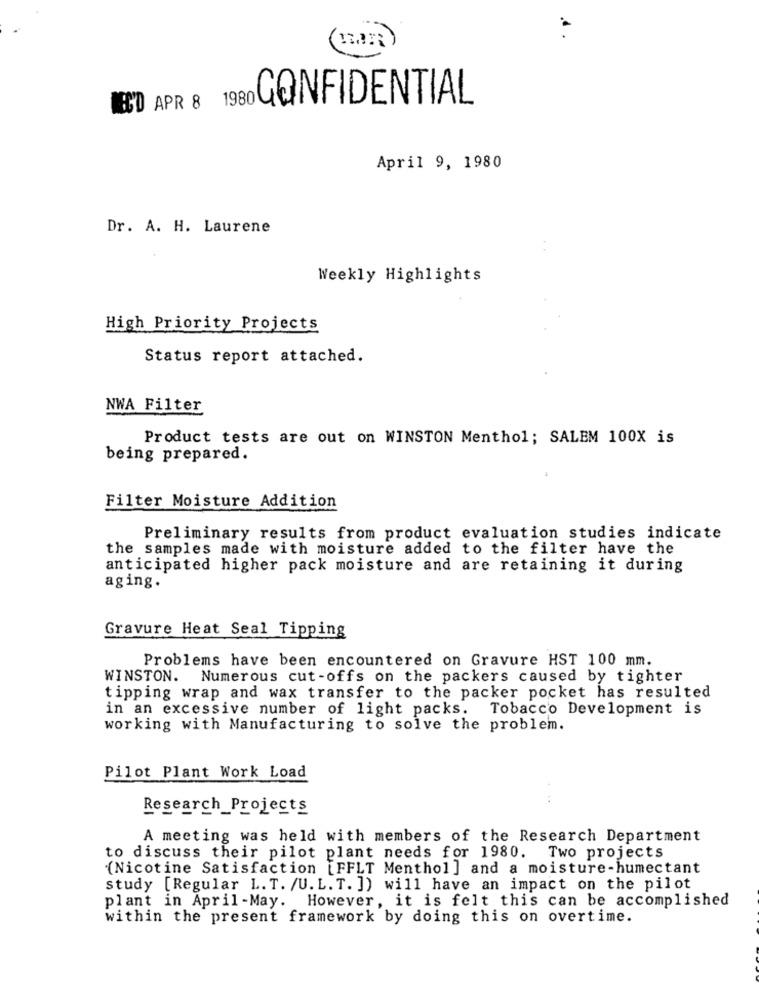
CONFIDENTIAL
WE'D APR 8 19
April 9, 1980
Dr. A. H. Laurene
Weekly Highlights
High Priority Projects
Status report attached.
NWA Filter
Product tests are out on WINSTON Menthol; SALEM 100X is
being prepared.
Filter Moisture Addition
Preliminary results from product evaluation studies indicate
the samples made with moisture added to the filter have the
anticipated higher pack moisture and are retaining it during
aging.
Gravure Heat Seal Tipping
Problems have been encountered on Gravure HST 100 mm.
WINSTON.
Numerous cut -offs on the packers caused by tighter
tipping wrap and wax transfer to the packer pocket has resulted
in an excessive number of light packs. Tobacco Development is
working with Manufacturing to solve the problem.
Pilot Plant Work Load
Research_Projects
A meeting was held with members of the Research Department
to discuss their pilot plant needs for 1980.
Two projects
(Nicotine Satisfaction [FFLT Menthol] and a moisture-humectant
study [Regular L. T. /U. L. T. ]) will have an impact on the pilot
plant in April-May. However, it is felt this can be accomplished
within the present framework by doing this on overtime.